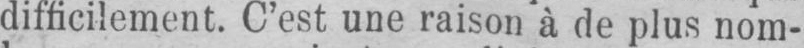
difficilement. C’est une raison à de plus nom-